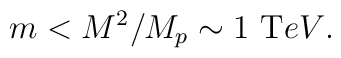
m < {M^2/M_p} \sim  1 ~ {\mbox TeV}.